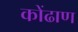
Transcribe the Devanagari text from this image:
कोंढाण